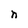
Character: n